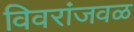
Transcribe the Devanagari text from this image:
विवरांजवळ